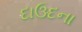
દાઉદના